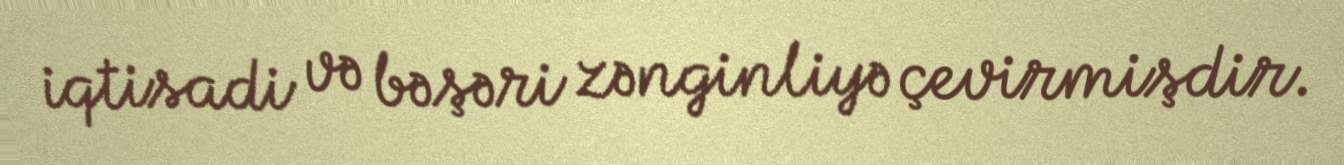
iqtisadi və bəşəri zənginliyə çevirmişdir.